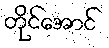
တိုင်အောင်